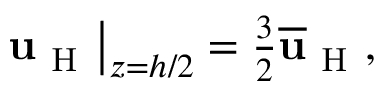
\begin{array} { r } { \left. \mathbf { u } _ { \mathrm { ~ H ~ } } \right\vert _ { z = h / 2 } = \frac { 3 } { 2 } \overline { { \mathbf { u } } } _ { \mathrm { ~ H ~ } } , } \end{array}